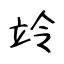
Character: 竛